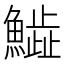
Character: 𩻩